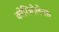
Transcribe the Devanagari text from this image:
कोरिओलेनस